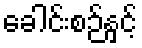
ခေါင်းစဉ်နှင့်